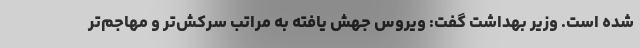
شده است. وزیر بهداشت گفت: ویروس جهش یافته به مراتب سرکش‌تر و مهاجم‌تر